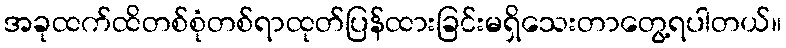
အခုထက်ထိတစ်စုံတစ်ရာထုတ်ပြန်ထားခြင်းမရှိသေးတာတွေ့ရပါတယ်။